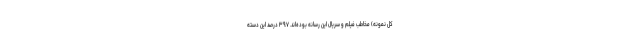
کل نمونه) مخاطب فیلم و سریال این رسانه بوده‌­اند. ۳۹.۷ درصد این دسته